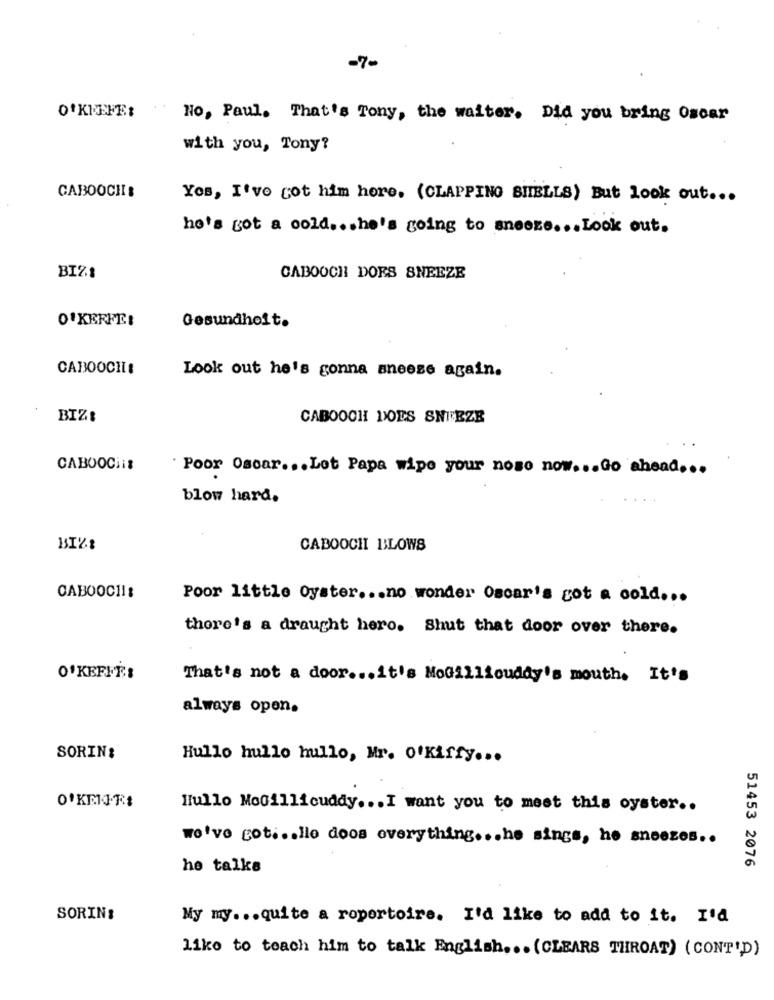
-7-
O'KEEFE:
No, Paul. That's Tony, the waiter. Did you bring Oscar
with you, Tony?
CABOOCHIS
Yes, I've got him hore. (CLAPPING SHELLS) But look out ...
he's got a cold ... he's going to sneeze ... Look out.
BIZI
CABOOCH DOES SNEEZE
O'KEEFE!
Gesundholt.
CABOOCH:
Look out he's gonna aneese again.
BIZI
CABOOCH DOES SNEEZE
CABOOCHit
Poor Oscar ... Lot Papa wipe your noso now ... Go ahead ...
blow hard.
CABOOCH BLOWS
CABOOCHI:
Poor little Oyster ... no wonder Oscar's got a cold ...
there's a draught hero. Shut that door over there.
That's not a door ... it's MoGilliouddy's mouth. It's
always open.
SORIN:
Hullo hullo hullo, Mr. O'Kiffy ...
O'KEIJ-RE
Hullo MoGillicuddy ... I want you to meet this oyster ..
we've got ... llo doos everything ... he sings, he sneezes ..
he talks
51453 2076
SORIN:
My my ... quite a ropertoire. I'd like to add to it. I'd
like to teach him to talk English ... (CLEARS THROAT) (CONT'D)